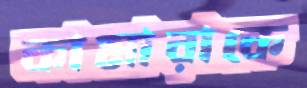
কামারাকে